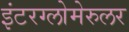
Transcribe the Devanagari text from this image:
इंटरग्लोमेरुलर